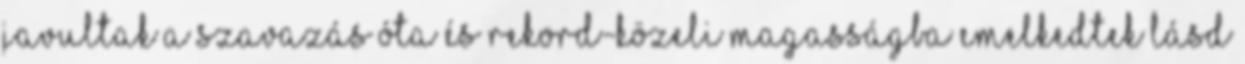
javultak a szavazás óta és rekord-közeli magasságba emelkedtek lásd